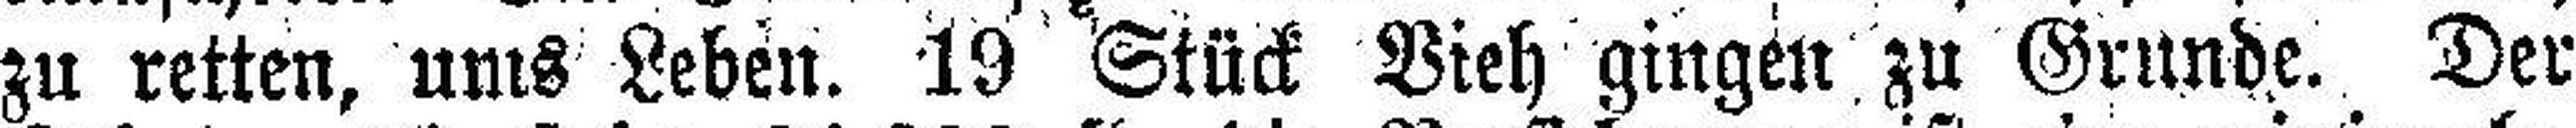
zu retten, ums Leben. 19 Stück Vieh gingen zu Grunde. Der